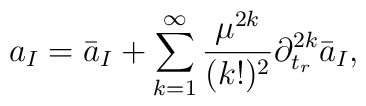
a_{I}=\bar{a}_{I}+\sum_{k=1}^{\infty}{\mu^{2k}\over (k!)^2}\partial_{t_{r}}^{2k}\bar{a}_{I},